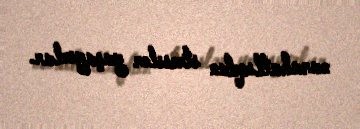
narahatlıqdan stresslər yaşayırlar.